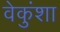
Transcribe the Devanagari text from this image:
वेकुंशा